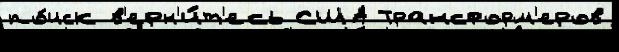
по́иск в'ерн'и́т'есь США Трансформ'еров